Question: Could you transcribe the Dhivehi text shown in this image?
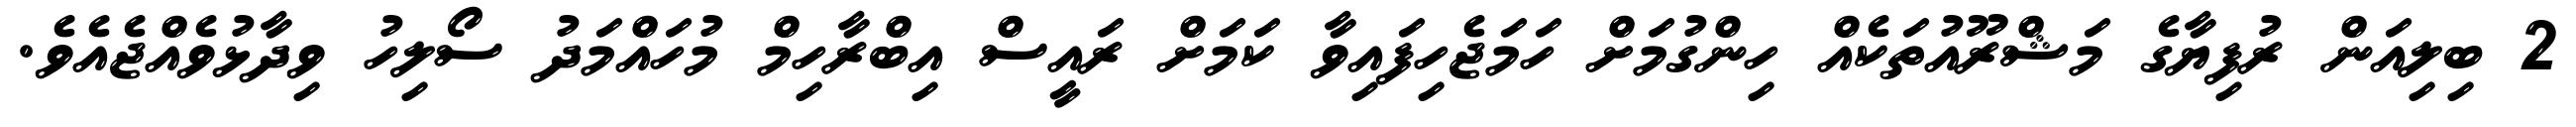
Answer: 2 ބިލިއަން ރުފިޔާގެ މަޝްރޫއުތަކެއް ހިންގުމަށް ހަމަޖެހިފައިވާ ކަމަށް ރައީސް އިބްރާހިމް މުހައްމަދު ސޯލިހު ވިދާޅުވެއްޖެއެވެ.